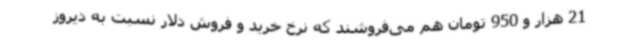
21 هزار و 950 تومان هم می‌فروشند که نرخ خرید و فروش دلار نسبت به دیروز